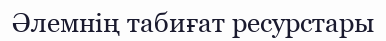
Әлемнің табиғат ресурстары